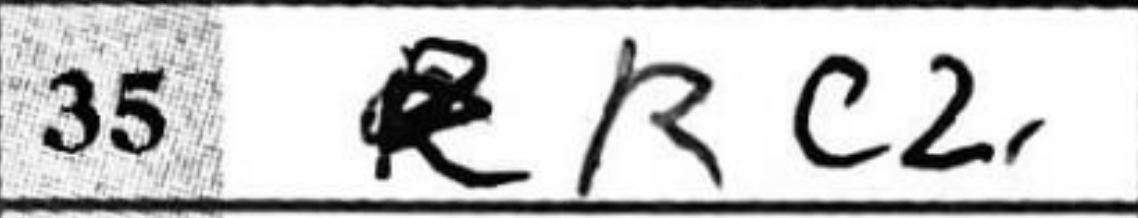
Transcription: Rc2